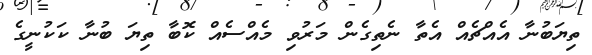
ތިޔަބުނާ އެއްޗެއް އެތާ ނެތިގެން މަރުވި މެއްސެއް ކޮބާ ތިޔަ ބުނާ ކަކުނީގެ